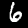
Digit: 6